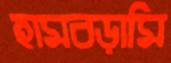
হামবড়ামি